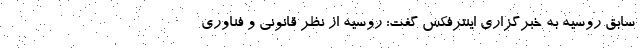
سابق روسیه به خبرگزاری اینترفکس گفت: روسیه از نظر قانونی و فناوری